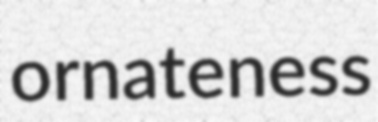
ornateness